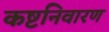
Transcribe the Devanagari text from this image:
कष्टनिवारण